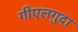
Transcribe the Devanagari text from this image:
गीएलगुदा